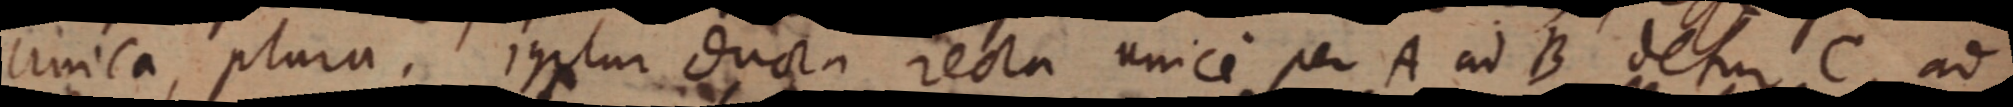
unica, plura. Igplur ducta recta unice per A ad B desur C ad